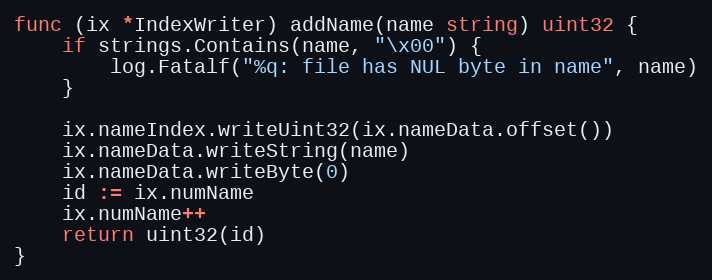
Language: Go
func (ix *IndexWriter) addName(name string) uint32 {
	if strings.Contains(name, "\x00") {
		log.Fatalf("%q: file has NUL byte in name", name)
	}

	ix.nameIndex.writeUint32(ix.nameData.offset())
	ix.nameData.writeString(name)
	ix.nameData.writeByte(0)
	id := ix.numName
	ix.numName++
	return uint32(id)
}